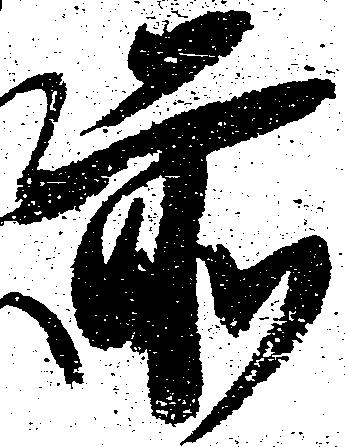
前